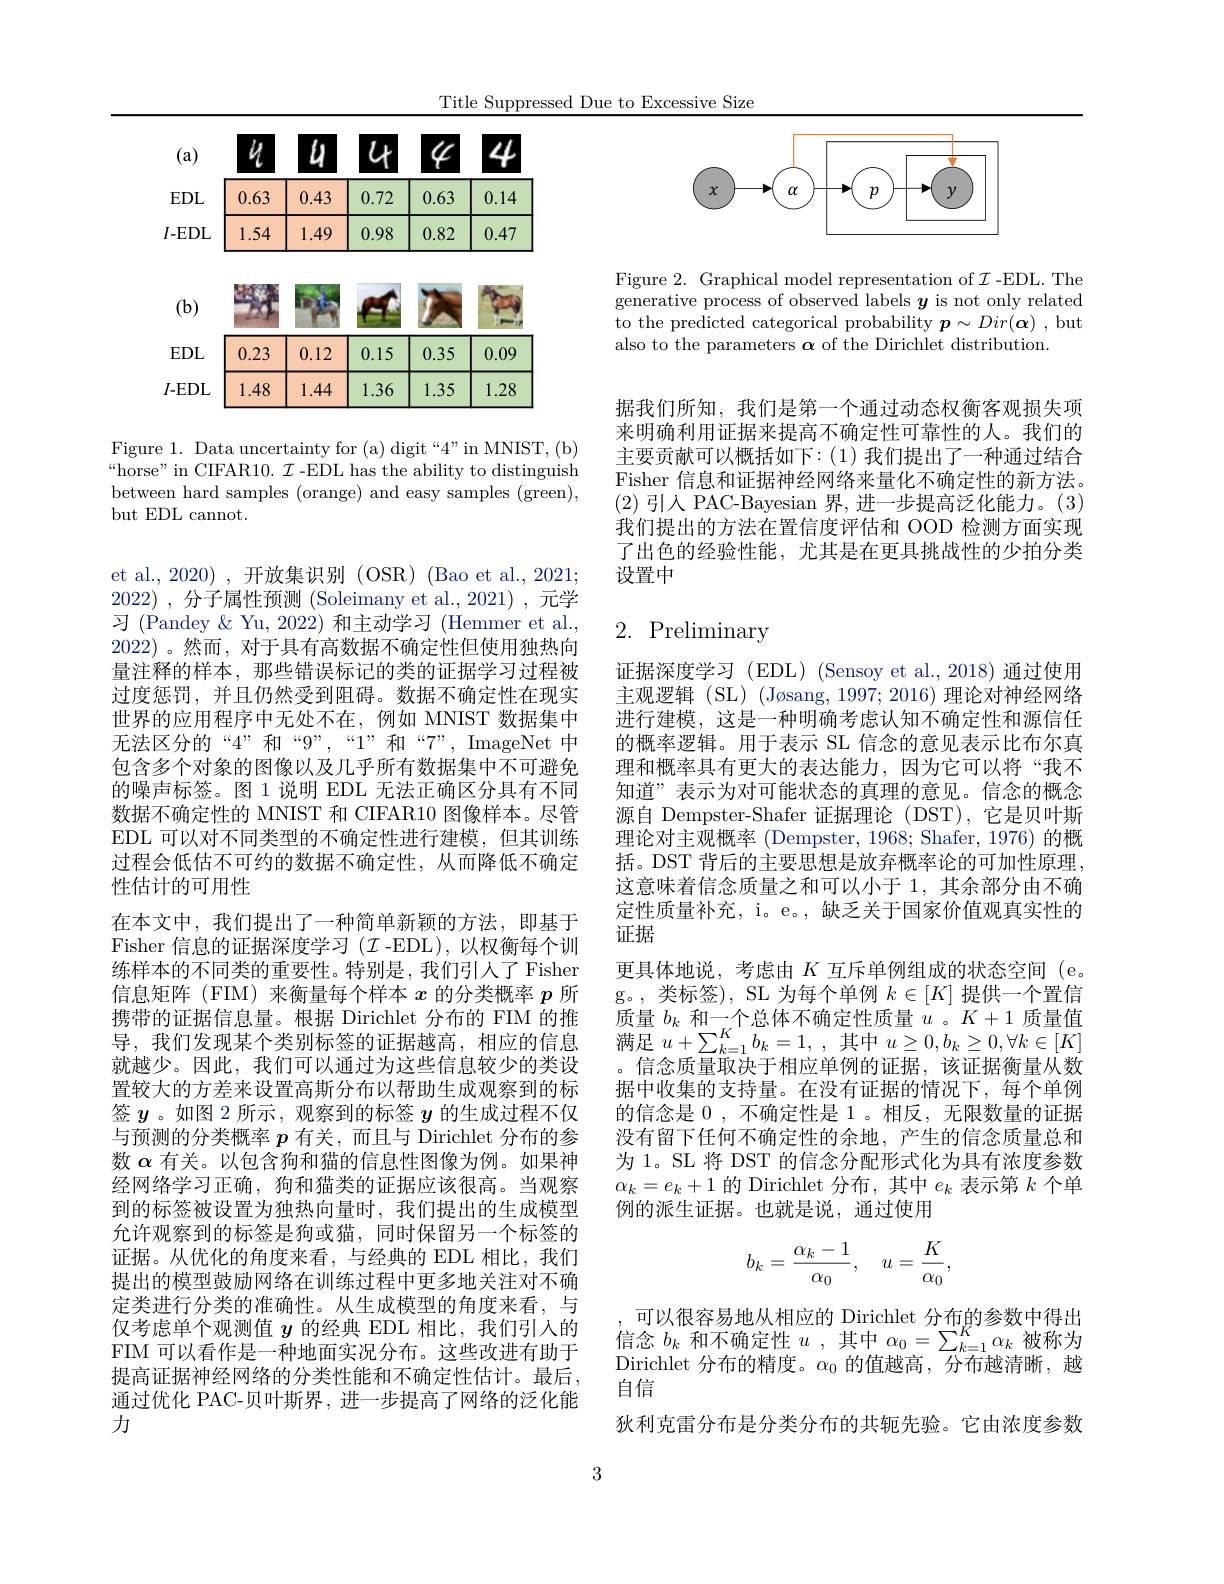
Title Suppressed Due to Excessive Size

<FigureHere>

Figure 1. Data uncertainty for (a) digit “4”in MNIST, (b) “horse” in CIFAR10. $\mathcal{I}$ -EDL has the ability to distinguish between hard samples (orange) and easy samples (green), but EDL cannot.

et al., 2020) , 开放集识别 (OSR) (Bao et al., 2021; 2022) ,分子属性预测 (Soleimany et al., 2021) ,元学习 (Pandey & Yu, 2022) 和主动学习 (Hemmer et al. 2022) 。然而，对于具有高数据不确定性但使用独热向量注释的样本，那些错误标记的类的证据学习过程被过度惩罚，并且仍然受到阻碍。数据不确定性在现实世界的应用程序中无处不在，例如 MNIST 数据集中无法区分的“4”和“9”,“1”和“7”,ImageNet 中包含多个对象的图像以及几乎所有数据集中不可避免的噪声标签。图 1 说明 EDL 无法正确区分具有不同数据不确定性的 MNIST 和 CIFAR10 图像样本。尽管EDL 可以对不同类型的不确定性进行建模，但其训练过程会低估不可约的数据不确定性，从而降低不确定性估计的可用性
在本文中，我们提出了一种简单新颖的方法，即基于Fisher 信息的证据深度学习($\mathcal{I}$-EDL),以权衡每个训练样本的不同类的重要性。特别是，我们引人了 Fisher 信息矩阵(FIM)来衡量每个样本$x$的分类概率$p$所携带的证据信息量。根据 Dirichlet 分布的 FIM 的推导，我们发现某个类别标签的证据越高，相应的信息就越少。因此，我们可以通过为这些信息较少的类设置较大的方差来设置高斯分布以帮助生成观察到的标签$y$。如图 2 所示，观察到的标签$y$的生成过程不仅与预测的分类概率$p$有关，而且与 Dirichlet 分布的参数$\alpha$有关。以包含狗和猫的信息性图像为例。如果神经网络学习正确，狗和猫类的证据应该很高。当观察到的标签被设置为独热向量时，我们提出的生成模型允许观察到的标签是狗或猫，同时保留另一个标签的证据。从优化的角度来看，与经典的 EDL 相比，我们提出的模型鼓励网络在训练过程中更多地关注对不确定类进行分类的准确性。从生成模型的角度来看，与仅考虑单个观测值$y$的经典 EDL 相比，我们引人的FIM 可以看作是一种地面实况分布。这些改进有助于提高证据神经网络的分类性能和不确定性估计。最后， 通过优化 PAC-贝叶斯界，进一步提高了网络的泛化能力

<FigureHere>

Figure 2. Graphical model representation of $\mathcal{I}$-EDL. The $\bar{\text{generative process of observed labels }y}$ is not only related to the predicted categorical probability $\boldsymbol{p}\sim Dir(\boldsymbol{\alpha})$ ,but also to the parameters $\boldsymbol\alpha$ of the Dirichlet distribution.

据我们所知，我们是第一个通过动态权衡客观损失项来明确利用证据来提高不确定性可靠性的人。我们的主要贡献可以概括如下：(1) 我们提出了一种通过结合Fisher 信息和证据神经网络来量化不确定性的新方法。(2)引人 PAC-Bayesian 界，进一步提高泛化能力。(3) 我们提出的方法在置信度评估和 OOD 检测方面实现了出色的经验性能，尤其是在更具挑战性的少拍分类设置中

# 2. Preliminary

定性质量补充，i。e。,缺乏关于国家价值观真实性的
证据

证据深度学习(EDL)(Sensoy et al.,2018) 通过使用主观逻辑 (SL) (Jøsang, 1997; 2016) 理论对神经网络进行建模，这是一种明确考虑认知不确定性和源信任的概率逻辑。用于表示 SL 信念的意见表示比布尔真理和概率具有更大的表达能力，因为它可以将“我不知道”表示为对可能状态的真理的意见。信念的概念源自 Dempster-Shafer 证据理论 (DST),它是贝叶斯理论对主观概率 (Dempster, 1968; Shafer, 1976) 的概括。DST 背后的主要思想是放弃概率论的可加性原理这意味着信念质量之和可以小于 1, 其余部分由不确更具体地说，考虑由$K$互斥单例组成的状态空间 (e。g。,类标签), SL 为每个单例$k\in[K]$提供一个置信质量$b_k$ 和 一 个 总 体 不 确 定 性 质 量 $u$ 。$K+1$质量值满足$u+\sum_{k=1}^Kb_k=1$,其中$u\geq0,b_k\geq0,\forall k\in[K]$ 。信念质量取决于相应单例的证据，该证据衡量从数据中收集的支持量。在没有证据的情况下，每个单例的信念是0，不确定性是 1。相反，无限数量的证据没有留下任何不确定性的余地，产生的信念质量总和为 1。SL 将 DST 的信念分配形式化为具有浓度参数$\alpha_k=e_k+1$的 Dirichlet 分布，其中$e_k$表示第$k$个单例的派生证据。也就是说，通过使用
$$b_k=\frac{\alpha_k-1}{\alpha_0},\quad u=\frac{K}{\alpha_0},$$
可以很容易地从相应的 Dirichlet 分布的参数中得出, “ “ 以 旧 谷 沙 地 穴 旧 应 时 Dincinc 万 10123年 被 信 念 $b_k$ 和 不 确 定 性 $u$ ,其 中 $\alpha _0= \sum _{k= 1}^K\alpha _k$ 被 称 为 Dis Dirichlet 分布的精度。$\alpha_0$的值越高、分布越清晰、搣自信
狄利克雷分布是分类分布的共轭先验。它由浓度参数

3